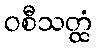
ဝစီသတ္ထံ